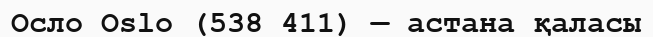
Осло Oslo (538 411) — астана қаласы